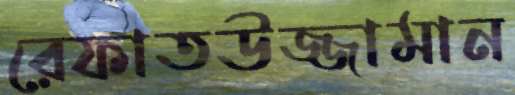
রেফাতউজ্জামান